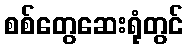
စစ်တွေဆေးရုံတွင်